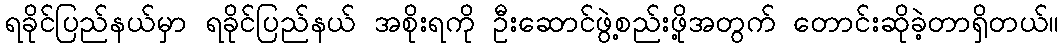
ရခိုင်ပြည်နယ်မှာ ရခိုင်ပြည်နယ် အစိုးရကို ဦးဆောင်ဖွဲ့စည်းဖို့အတွက် တောင်းဆိုခဲ့တာရှိတယ်။